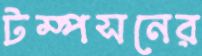
টম্পসনের